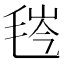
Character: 𬇁